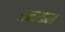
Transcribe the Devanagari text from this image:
अनाथांना